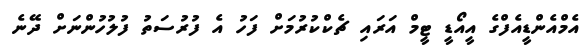
އެމްއެންޑީއެފްގެ އީއޯޑީ ޓީމް އަރައި ޗެކްކުރުމަށް ފަހު އެ ފުރުސަތު ފުލުހުންނަށް ދޭނެ